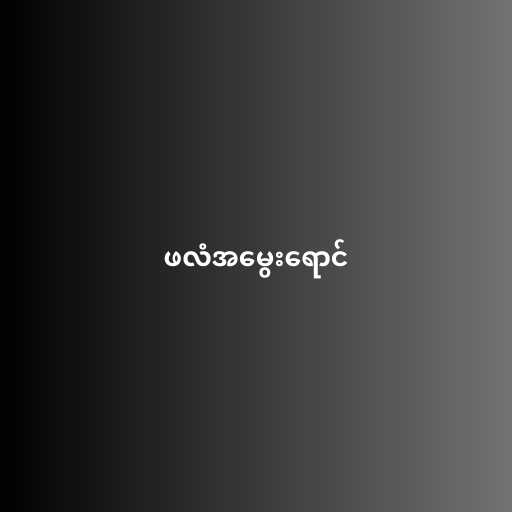
ဖလံအမွေးရောင်